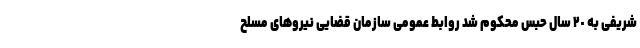
شریفی به ٢٠ سال حبس محکوم شد روابط عمومی سازمان قضایی نیروهای مسلح